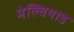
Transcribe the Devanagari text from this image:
मेल्चियाड